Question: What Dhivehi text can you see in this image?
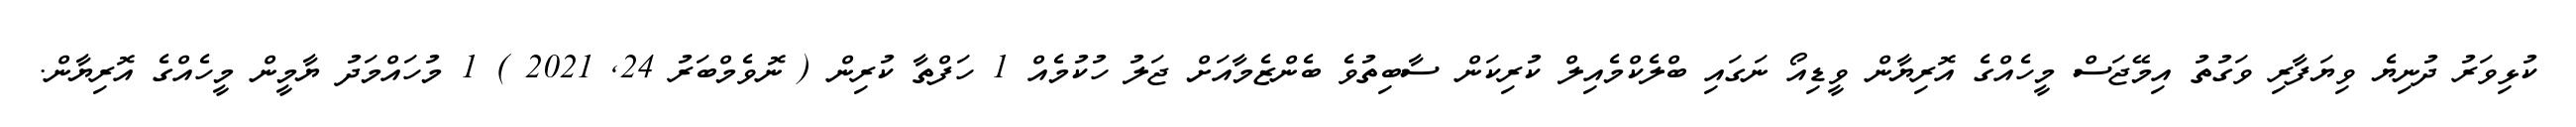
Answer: ކުޅިވަރު ދުނިޔެ ވިޔަފާރި ވަގުތު އިމޭޖަސް މީހެއްގެ އޮރިޔާން ވީޑިއޯ ނަގައި ބްލެކްމެއިލް ކުރިކަން ސާބިތުވެ ބެންޒެމާއަށް ޖަލު ހުކުމެއް 1 ހަފްތާ ކުރިން ( ނޮވެމްބަރު 24, 2021 ) 1 މުހައްމަދު ޔާމީން މީހެއްގެ އޮރިޔާން.